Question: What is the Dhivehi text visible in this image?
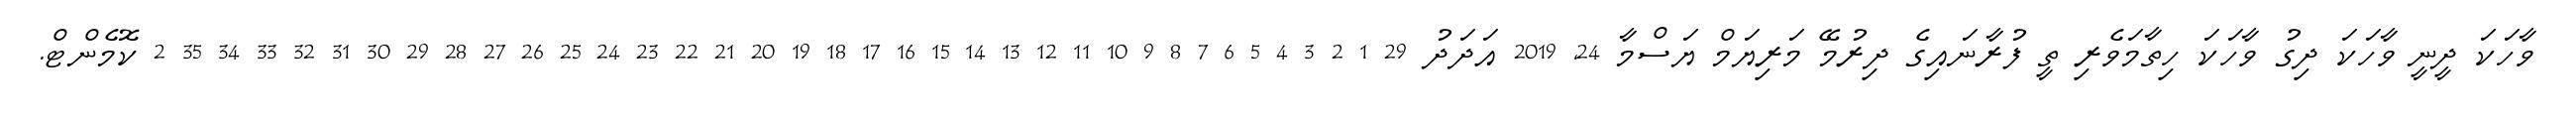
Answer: ވާހަކަ ދީނީ ވާހަކަ ދިގު ވާހަކަ ހިތާމަވެރި ތީ ފުރާނައިގެ ދިރުމޭ މަރިޔަމް ޔަސްމާ 24, 2019 އަދަދު 29 1 2 3 4 5 6 7 8 9 10 11 12 13 14 15 16 17 18 19 20 21 22 23 24 25 26 27 28 29 30 31 32 33 34 35 2 ކޮމެންޓް.